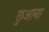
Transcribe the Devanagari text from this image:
छुआना